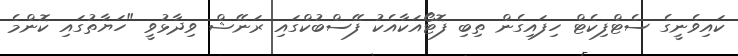
ކައިވެނީގެ ސެޓްފިކެޓް ހިފައިގެން ތިބި ފޮޓޯއަކާއެކު ފޭސްބުކްގައި ރަނޭޝް ވިދާޅުވީ "ހަޔާތުގައި ކޮންމެ